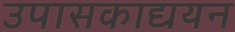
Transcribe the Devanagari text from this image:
उपासकाद्ययन